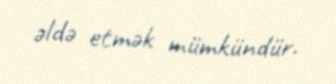
əldə etmək mümkündür.